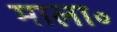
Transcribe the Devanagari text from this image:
माला॰